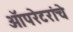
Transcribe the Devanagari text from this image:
ऑपरेटरांचे